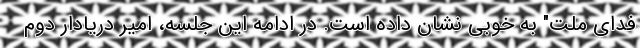
فدای ملت" به خوبی نشان داده است. در ادامه این جلسه، امیر دریادار دوم